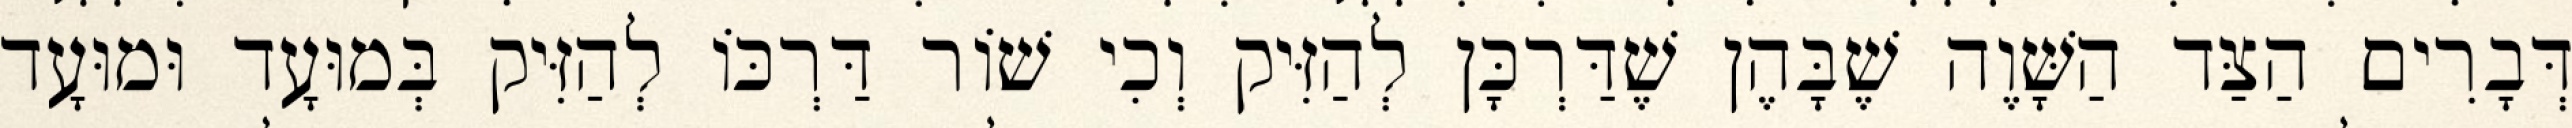
דְּבָרִים הַצַּד הַשָּׁוֶה שֶׁבָּהֶן שֶׁדַּרְכָּן לְהַזִּיק וְכִי שׁוֹר דַּרְכּוֹ לְהַזִּיק בְּמוּעָד וּמוּעָד